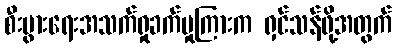
စီးပွားရေးအသက်ရှုခက်မှုကြားက ရှင်သန်ဖို့အတွက်